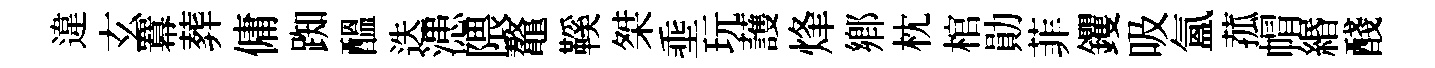
違玄羃葬傭踟醖迭漶隈鼇鞵桀埀玩䕶烽鄕枕棺勛菲钁吸氳菰㡌緡醆